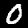
Label: 0